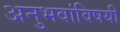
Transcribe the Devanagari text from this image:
अनुभवांविषयी